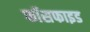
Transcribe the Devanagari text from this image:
फॉसफाइड